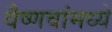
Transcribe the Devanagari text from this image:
वैष्णवांमध्ये